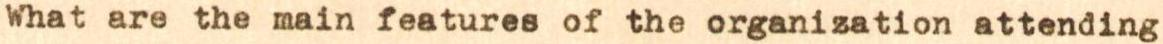
What are the main features of the organization attending